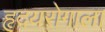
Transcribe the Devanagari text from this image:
हृदयरोगाला